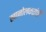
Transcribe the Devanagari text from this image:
खानोलकरांची